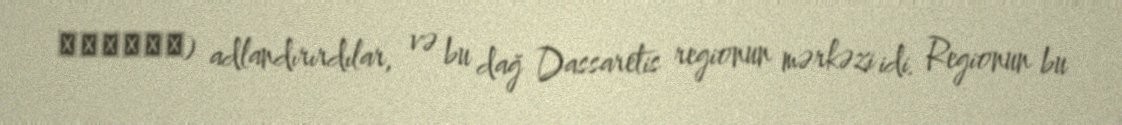
Άμυρον) adlandırırdılar, və bu dağ Dassaretis regionun mərkəzi idi. Regionun bu